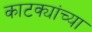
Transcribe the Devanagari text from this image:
काटक्यांच्या